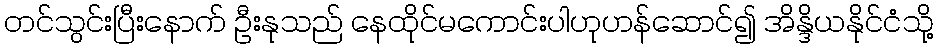
တင်သွင်းပြီးနောက် ဦးနုသည် နေထိုင်မကောင်းပါဟုဟန်ဆောင်၍ အိန္ဒိယနိုင်ငံသို့